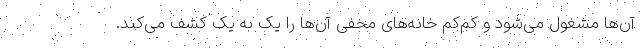
آن‌ها مشغول می‌شود و کم‌کم خانه‌های مخفی آن‌ها را یک به یک کشف می‌کند.